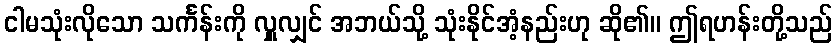
ငါမသုံးလိုသော သင်္ကန်းကို လှူလျှင် အဘယ်သို့ သုံးနိုင်အံ့နည်းဟု ဆို၏။ ဤရဟန်းတို့သည်